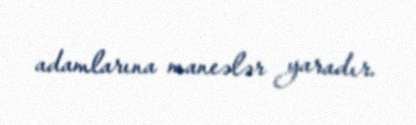
adamlarına maneələr yaradır.